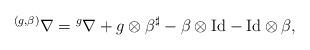
LaTeX: \begin{align*}{}^{(g,\beta)}\nabla={}^g\nabla+g\otimes \beta^{\sharp}-\beta\otimes\mathrm{Id}-\mathrm{Id}\otimes \beta, \end{align*}